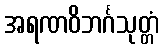
အရဏဝိဘင်္ဂသုတ္တံ